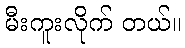
မီးကူးလိုက် တယ်။